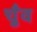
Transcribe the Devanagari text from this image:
चुँव